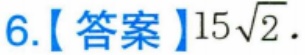
6.【答案】\(15\sqrt{2}\).